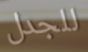
للجدل